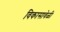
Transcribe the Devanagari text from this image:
विकासावेळी